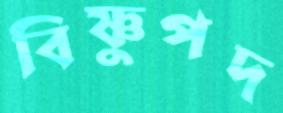
বিষ্ণুপদ